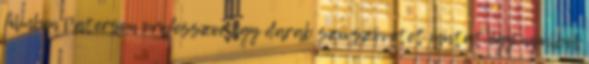
filmben Paterson professzor egy darab szívszövetet mutat egy nyúlból